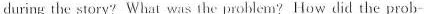
during the story? What was the problem? How did the prob-